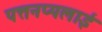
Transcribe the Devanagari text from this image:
पत्तनप्पलाई